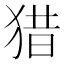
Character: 猎